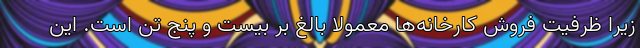
زیرا ظرفیت فروش کارخانه‌ها معمولاً بالغ بر بیست و پنج تن است. این